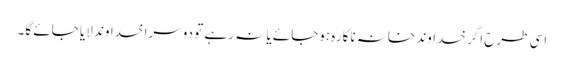
اسی طرح اگر خداوندِ خانہ ناکارہ ہوجائے یا نہ رہے تو دوسرا خداوند لایا جائے گا۔